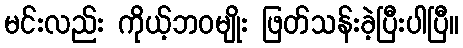
မင်းလည်း ကိုယ့်ဘဝမျိုး ဖြတ်သန်းခဲ့ပြီးပါပြီ။